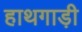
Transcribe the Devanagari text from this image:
हाथगाड़ी